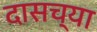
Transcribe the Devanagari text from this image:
दासच्या